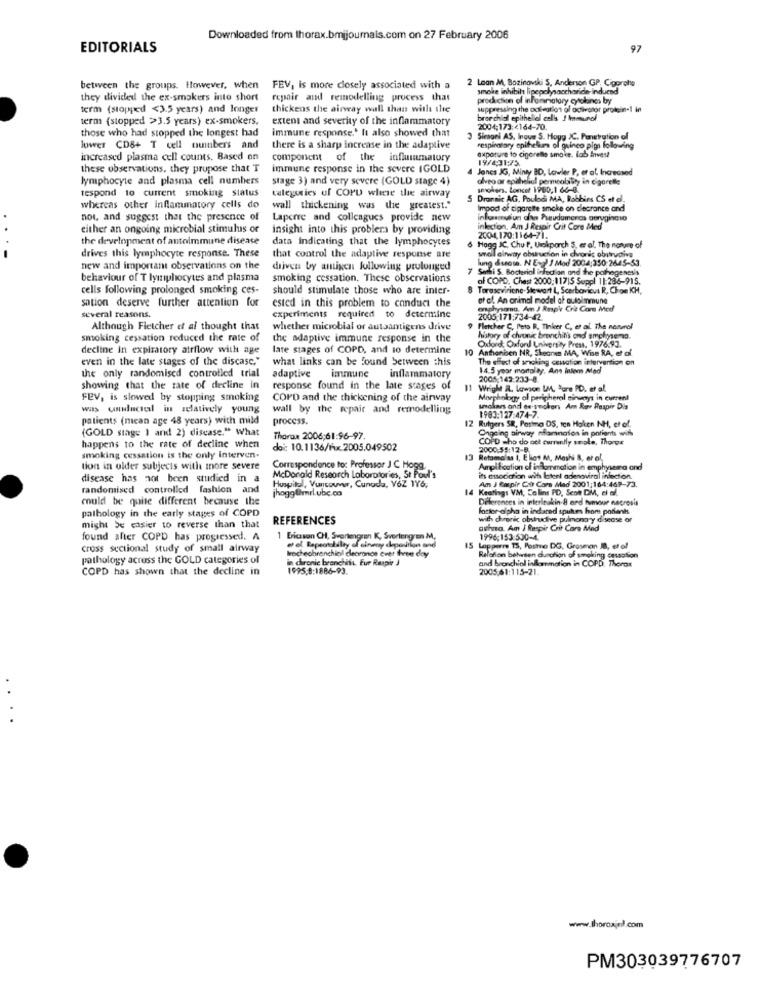
Downloaded from thorax.bmijournais.com on 27 February 2006
EDITORIALS
97
2 Loan M, Bozinovski S. Anderson GP, Cigarolie
between the groups. However, when
FEV, is more closely associated with a
smoke inhibits lipepolysaccharide-induced
they divided the ex-smokers into short
repair and remodelling process that
production of informatory cytokines by
term (stopped <3.5 years) and longer
thickens the airway wall than with the
suppressing the odlegtion of odivator protein-1 in
term (stopped >3.5 years) ex-smokers,
extent and severity of the inflammatory
bror chicl epithelial cells 1 Immunol
those who had stopped the longest had
immune response.' It also showed that
2004;173:4164-70.
3 Simoni AS, Inove S. Hoyg )C. Penetration of
lower CD8+ T cell numbers and
there is a sharp increase in the adaptive
respiratory epitheliums of guineo pigs following
exposure to cigarette smoke. lab Invest
increased plasma cell counts. Based on
component of the influimatury
19/431975.
these observations, they propose that T
immune response in the severe IGOLD
Janes JG, Minty BD, Lawler P, er at Increased
lymphocyte and plasma cell numbers
stage 3) and very severe (GOLD stage 4)
alveo ar epithelial permeability in cigarelle
respond to current smoking status
smokers, Loncet 1980,1 66-0.
categories of COPD where the airway
5 Drannic AG. Poulodi MA, Robbins CS et d.
whereas other Inflammatory cells do
wall thickening was the greatest."
Impod of cigarette smoke on decrance and
not, and suggest that the presence of
Laperre and colleagues provide new
infusoviun dan Pseudomonas aeruginosa
either an ongoing microbial stimulus or
insight into this problema by providing
inlection. Am J Respir Crit Core Med
the development of autoimmune disease
data indicating that the lymphocytes
2004.170:1164-71.
6 Hogg JC, Chu f. Umokparch S, er al. The nature of
small eltway obstruction in chronic obstrudiva
drives this lymphocyte response. These
that control the adaptive response are
lung dusos. N Engl / Mod 2004:350:2645-53.
new and important observations on the
driven by antigen following prolonged
7 Senki S. Bacterial infection and the pathogenesis
behaviour of T lymphocytes and plasma
smoking cessation. These observations
af COPD. Chest 2000:117|5 Suppl 11:286-915.
cells following prolonged smoking ces-
should stimulate those who are inter-
8
Tarascviriene-Stewart L, Scerbovicus R, Choe KH,
sation deserve further attention for
ested in this problem to conduct the
at al. An animal model af autoimmune
@physano. Am J Rmpk Crie Come Med
several reasons.
experiments required to determine
2005.171:734-42.
Although Fletcher ef al thought that
whether microbial or autoantigens drive
Fletcher C, Pets B. Tinker C, et al. The natural
smoking cessation reduced the rate of
the adaptive immune response in the
history of chronic bronchitis ond amelysema.
Oxforet: Oxford University Press, 1976.93.
decline in expiratory airflow with age
late stages of COPD, and to determine
10
honben NR, Sheanen MA, Wise RA, et of
even in the late stages of the discase,"
what links can be found between this
The effect of smoking cessation intervention on
the only randomised controlled trial
14.5 yoor mortolay, Ans intem Mlad
adaptive
immune
inflammatory
2005:142:233-8.
showing that the rate of decline in
response found in the late stages of
11 Wright R. Lawson IM, Pore PD. et al.
FEV, is slowed by stopping smoking
COPD and the thickening of the airway
Morphology of peripheral einumyt in current
was unuluctel in selatively young
wall by the repair and remodelling
solars and es-smokers Am Rey Respir Dis
patients (mean age 48 years) with mild
process.
12 Rutgers SR, Postma DS, ten Haken NH, et of.
1983:127:474-7.
(GOLD stage 1 and 2) disease." What
Ongeing airway nfamnatos in patients with
Thorax 2006;61:96-97.
COPD who do oct currently smole, Thorge
happens to the rate of decline when
doi: 10.1136/1x 2005.049502
2000:55:12-8
CI
smoking cessation is the only Interven.
Retomalas I, Eligt M, Mashi B, er ol,
tion in older subjects with more severe
Correspondence to: Professor J C Hoga,
Ampl Fcation of inflammation in emphysaira and
disease has not been studied in a
McDonald Research Laboratories, St Paul's
is association with latent adenwviral infection.
Am J Carpir Ci Cars Mad 2001:164:469-73.
randomised controlled fashion and
Hospital, Vancouver, Cunada, V6Z 176;
[hogg @mrl.ubc.ca
14 Keatings VM, Colins PD, Scot DM, ci of.
could be quite different because the
Differences in interleukin-8 and tumour necrosis
pathology in the early stages of COPD
foster alpha in indared spukes hom poranks
REFERENCES
with chronic obstrudive pulmonary disease or
might be easier to reverse than that
ashno. Am J Respir Crit Care Med
found after COPD has progressed. A
1 Ericsson CH, Swertengren K, Svertengren M,
1996;153:530-4.
cross sectional study of small airway
Imchecbronchial clearnon ever fivee day
e el Repeatabilty of eineny depositan and
IS Lopperre TS, Posto DG, Grosman ID, et of
pathology across the GOLD categories of
in chronic branchatt. Eur Respir J
and bronchiol inflammation in COPD, Thorax
Relation betten duration of smoking cessation
COPD has shown that the decline in
1995:8:1886-93.
2005,61:115-21.
www.thoroxjel.com
PM303039776707